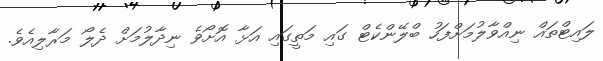
ލައިޓްތައް ނިއްވާލުމަށްފަހު ބްލޭންކެޓް ގައި މަތީގައި އަޅާ އޮށޯވެ ނިދާލުމަށް ދެލޯ މަރާލިއެވެ.